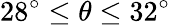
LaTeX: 28^{\circ}\leq\theta\leq 32^{\circ}